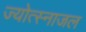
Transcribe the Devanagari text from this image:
ज्योत्स्नाजल